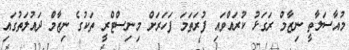
މުއާސަލާތީ ނިޒާމް ރަގަޅު ކުރައްވައި ފުރަތަމަ ފަހަރަށް މިނިސްޓްރީ ތަކުގެ ނިޒާމް ދައުލަތުގައި